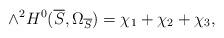
LaTeX: \begin{align*}\wedge^{2}H^{0}(\overline S, \Omega_{\overline S})=\chi_{1}+\chi_{2}+\chi_{3},\end{align*}